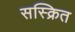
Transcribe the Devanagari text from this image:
सस्क्रित